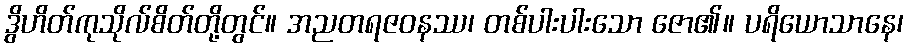
ဒွိဟိတ်ကုသိုလ်စိတ်တို့တွင်။ အညတရဇဝနဿ၊ တစ်ပါးပါးသော ဇော၏။ ပရိယောသာနေ၊